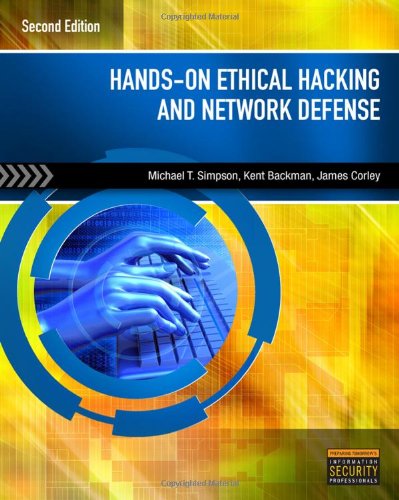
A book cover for Hands-On Ethical Hacking and Network Defense; Michael T. Simpson; Computers & Technology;